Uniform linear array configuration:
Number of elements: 32
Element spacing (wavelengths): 0.25
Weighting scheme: hann
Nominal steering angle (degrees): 45
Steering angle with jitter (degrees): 44.877
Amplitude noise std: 0.05
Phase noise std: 0.05

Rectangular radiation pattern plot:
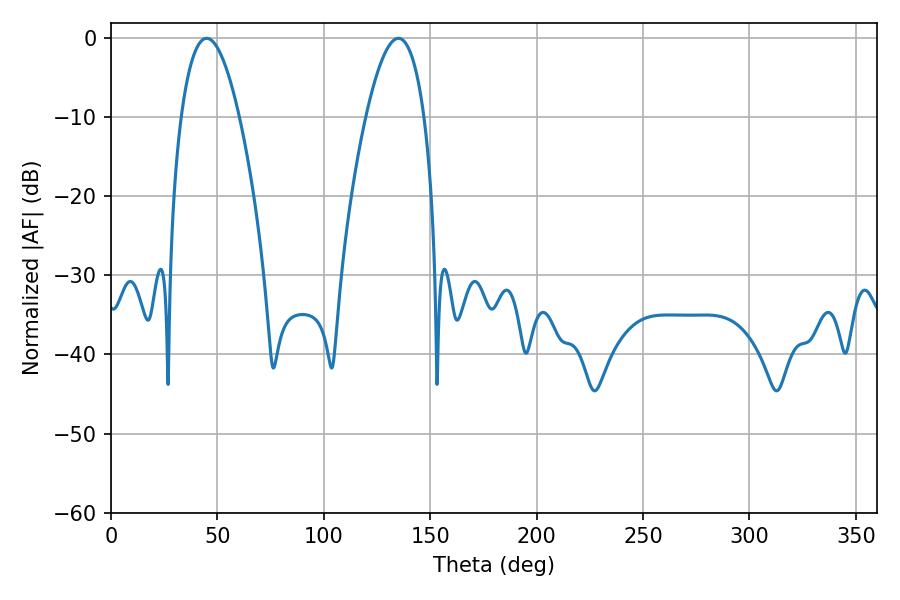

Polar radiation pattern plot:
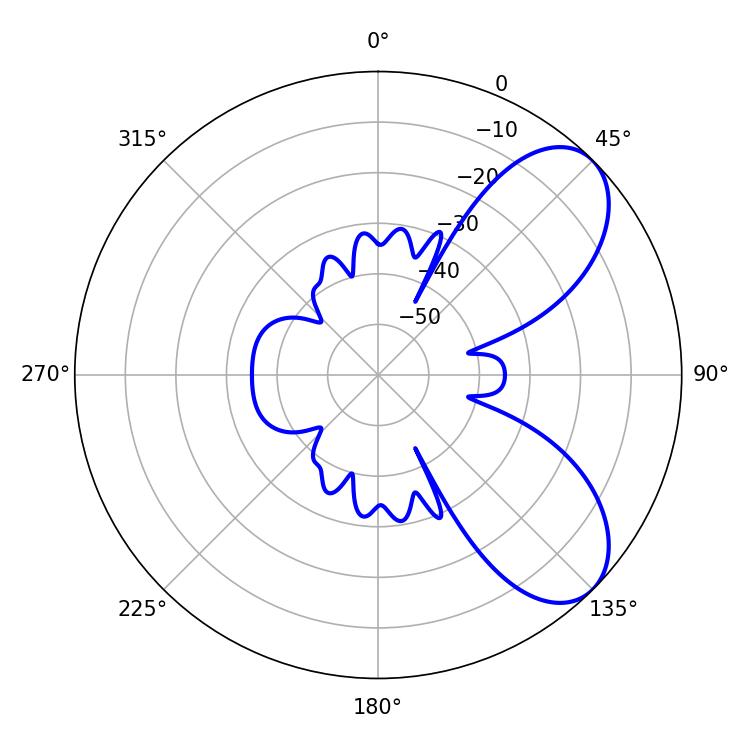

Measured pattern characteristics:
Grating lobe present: FALSE
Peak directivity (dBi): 6.971
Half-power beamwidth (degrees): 14.94
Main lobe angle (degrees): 45